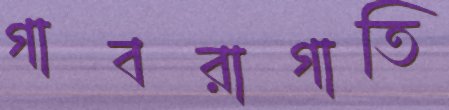
গাবরাগাতি